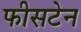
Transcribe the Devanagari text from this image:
फीसटेन